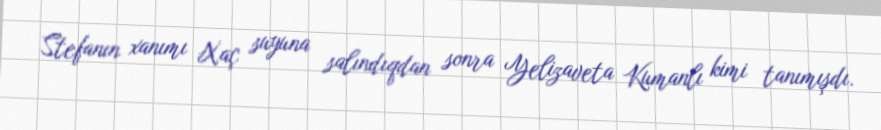
Stefanın xanımı Xaç suyuna salındıqdan sonra Yelizaveta Kumanlı kimi tanımışdı.